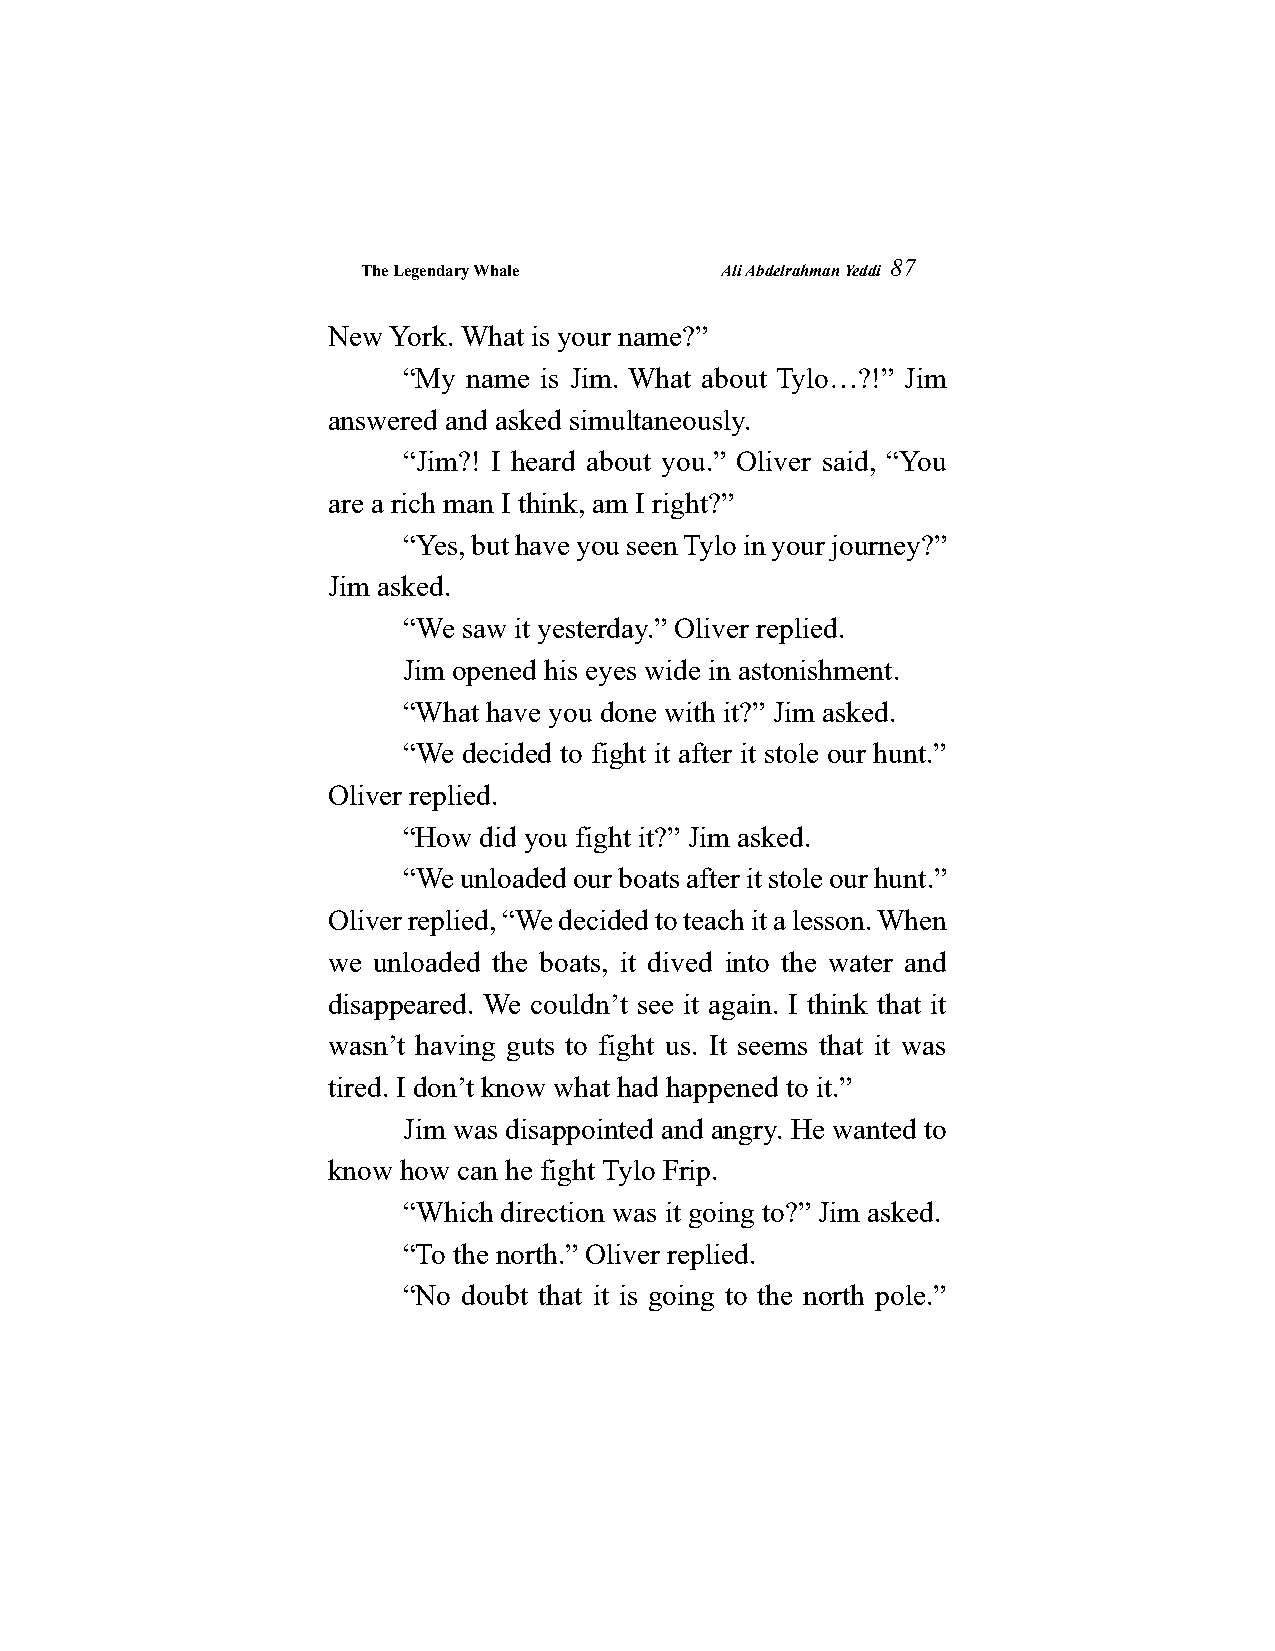
The Legendary Whale     Ali Abdelrahman Yeddi
 87
 New York. What is your name?”
 “My name is Jim. What about Tylo…?!” Jim
 answered and asked simultaneously.
 “Jim?! I heard about you.” Oliver said, “You
 are a rich man I think, am I right?”
 “Yes, but have you seen Tylo in your journey?”
 Jim asked.
 “We saw it yesterday.” Oliver replied.
 Jim opened his eyes wide in astonishment.
 “What have you done with it?” Jim asked.
 “We decided to fight it after it stole our hunt.”
 Oliver replied.
 “How did you fight it?” Jim asked.
 “We unloaded our boats after it stole our hunt.”
 Oliver replied, “We decided to teach it a lesson. When
 we unloaded the boats, it dived into the water and
 disappeared. We couldn’t see it again. I think that it
 wasn’t having guts to fight us. It seems that it was
 tired. I don’t know what had happened to it.”
 Jim was disappointed and angry. He wanted to
 know how can he fight Tylo Frip.
 “Which direction was it going to?” Jim asked.
 “To the north.” Oliver replied.
 “No doubt that it is going to the north pole.”